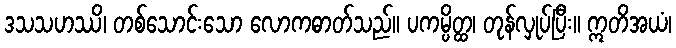
ဒသသဟဿိ၊ တစ်သောင်းသော လောကဓာတ်သည်။ ပကမ္ပိတ္ထ၊ တုန်လှုပ်ပြီး။ ဣတိအယံ၊